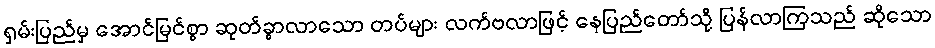
ရှမ်းပြည်မှ အောင်မြင်စွာ ဆုတ်ခွာလာသော တပ်များ လက်ဗလာဖြင့် နေပြည်တော်သို့ ပြန်လာကြသည် ဆိုသော